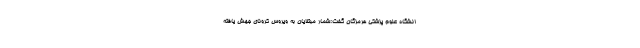
انشگاه علوم پزشکی هرمزگان گفت:شمار مبتلایان به ویروس کرونای جهش یافته